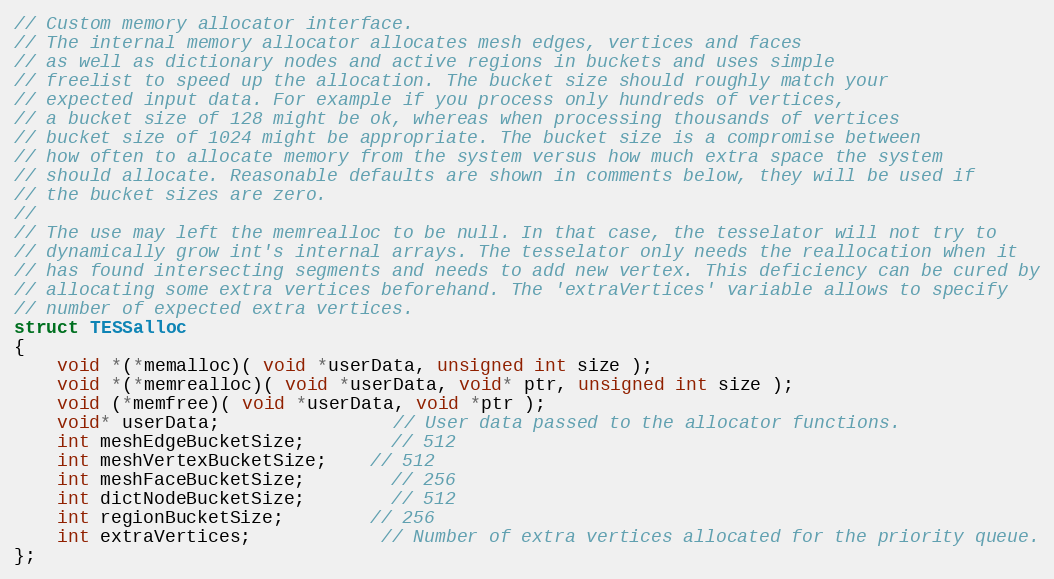
Language: C
// Custom memory allocator interface.
// The internal memory allocator allocates mesh edges, vertices and faces
// as well as dictionary nodes and active regions in buckets and uses simple
// freelist to speed up the allocation. The bucket size should roughly match your
// expected input data. For example if you process only hundreds of vertices,
// a bucket size of 128 might be ok, whereas when processing thousands of vertices
// bucket size of 1024 might be appropriate. The bucket size is a compromise between
// how often to allocate memory from the system versus how much extra space the system
// should allocate. Reasonable defaults are shown in comments below, they will be used if
// the bucket sizes are zero.
//
// The use may left the memrealloc to be null. In that case, the tesselator will not try to
// dynamically grow int's internal arrays. The tesselator only needs the reallocation when it
// has found intersecting segments and needs to add new vertex. This deficiency can be cured by
// allocating some extra vertices beforehand. The 'extraVertices' variable allows to specify
// number of expected extra vertices.
struct TESSalloc
{
	void *(*memalloc)( void *userData, unsigned int size );
	void *(*memrealloc)( void *userData, void* ptr, unsigned int size );
	void (*memfree)( void *userData, void *ptr );
	void* userData;				// User data passed to the allocator functions.
	int meshEdgeBucketSize;		// 512
	int meshVertexBucketSize;	// 512
	int meshFaceBucketSize;		// 256
	int dictNodeBucketSize;		// 512
	int regionBucketSize;		// 256
	int extraVertices;			// Number of extra vertices allocated for the priority queue.
};